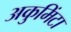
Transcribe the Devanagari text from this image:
अकुमिंटा